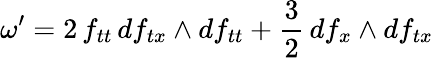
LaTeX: \omega^{\prime}=2\, f_{tt}\, df_{tx}\wedge df_{tt}+\frac{3}{2}\, df_{x}\wedge df_{tx}